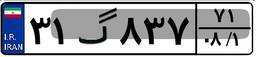
۸۵گ۹۶۰۴۳